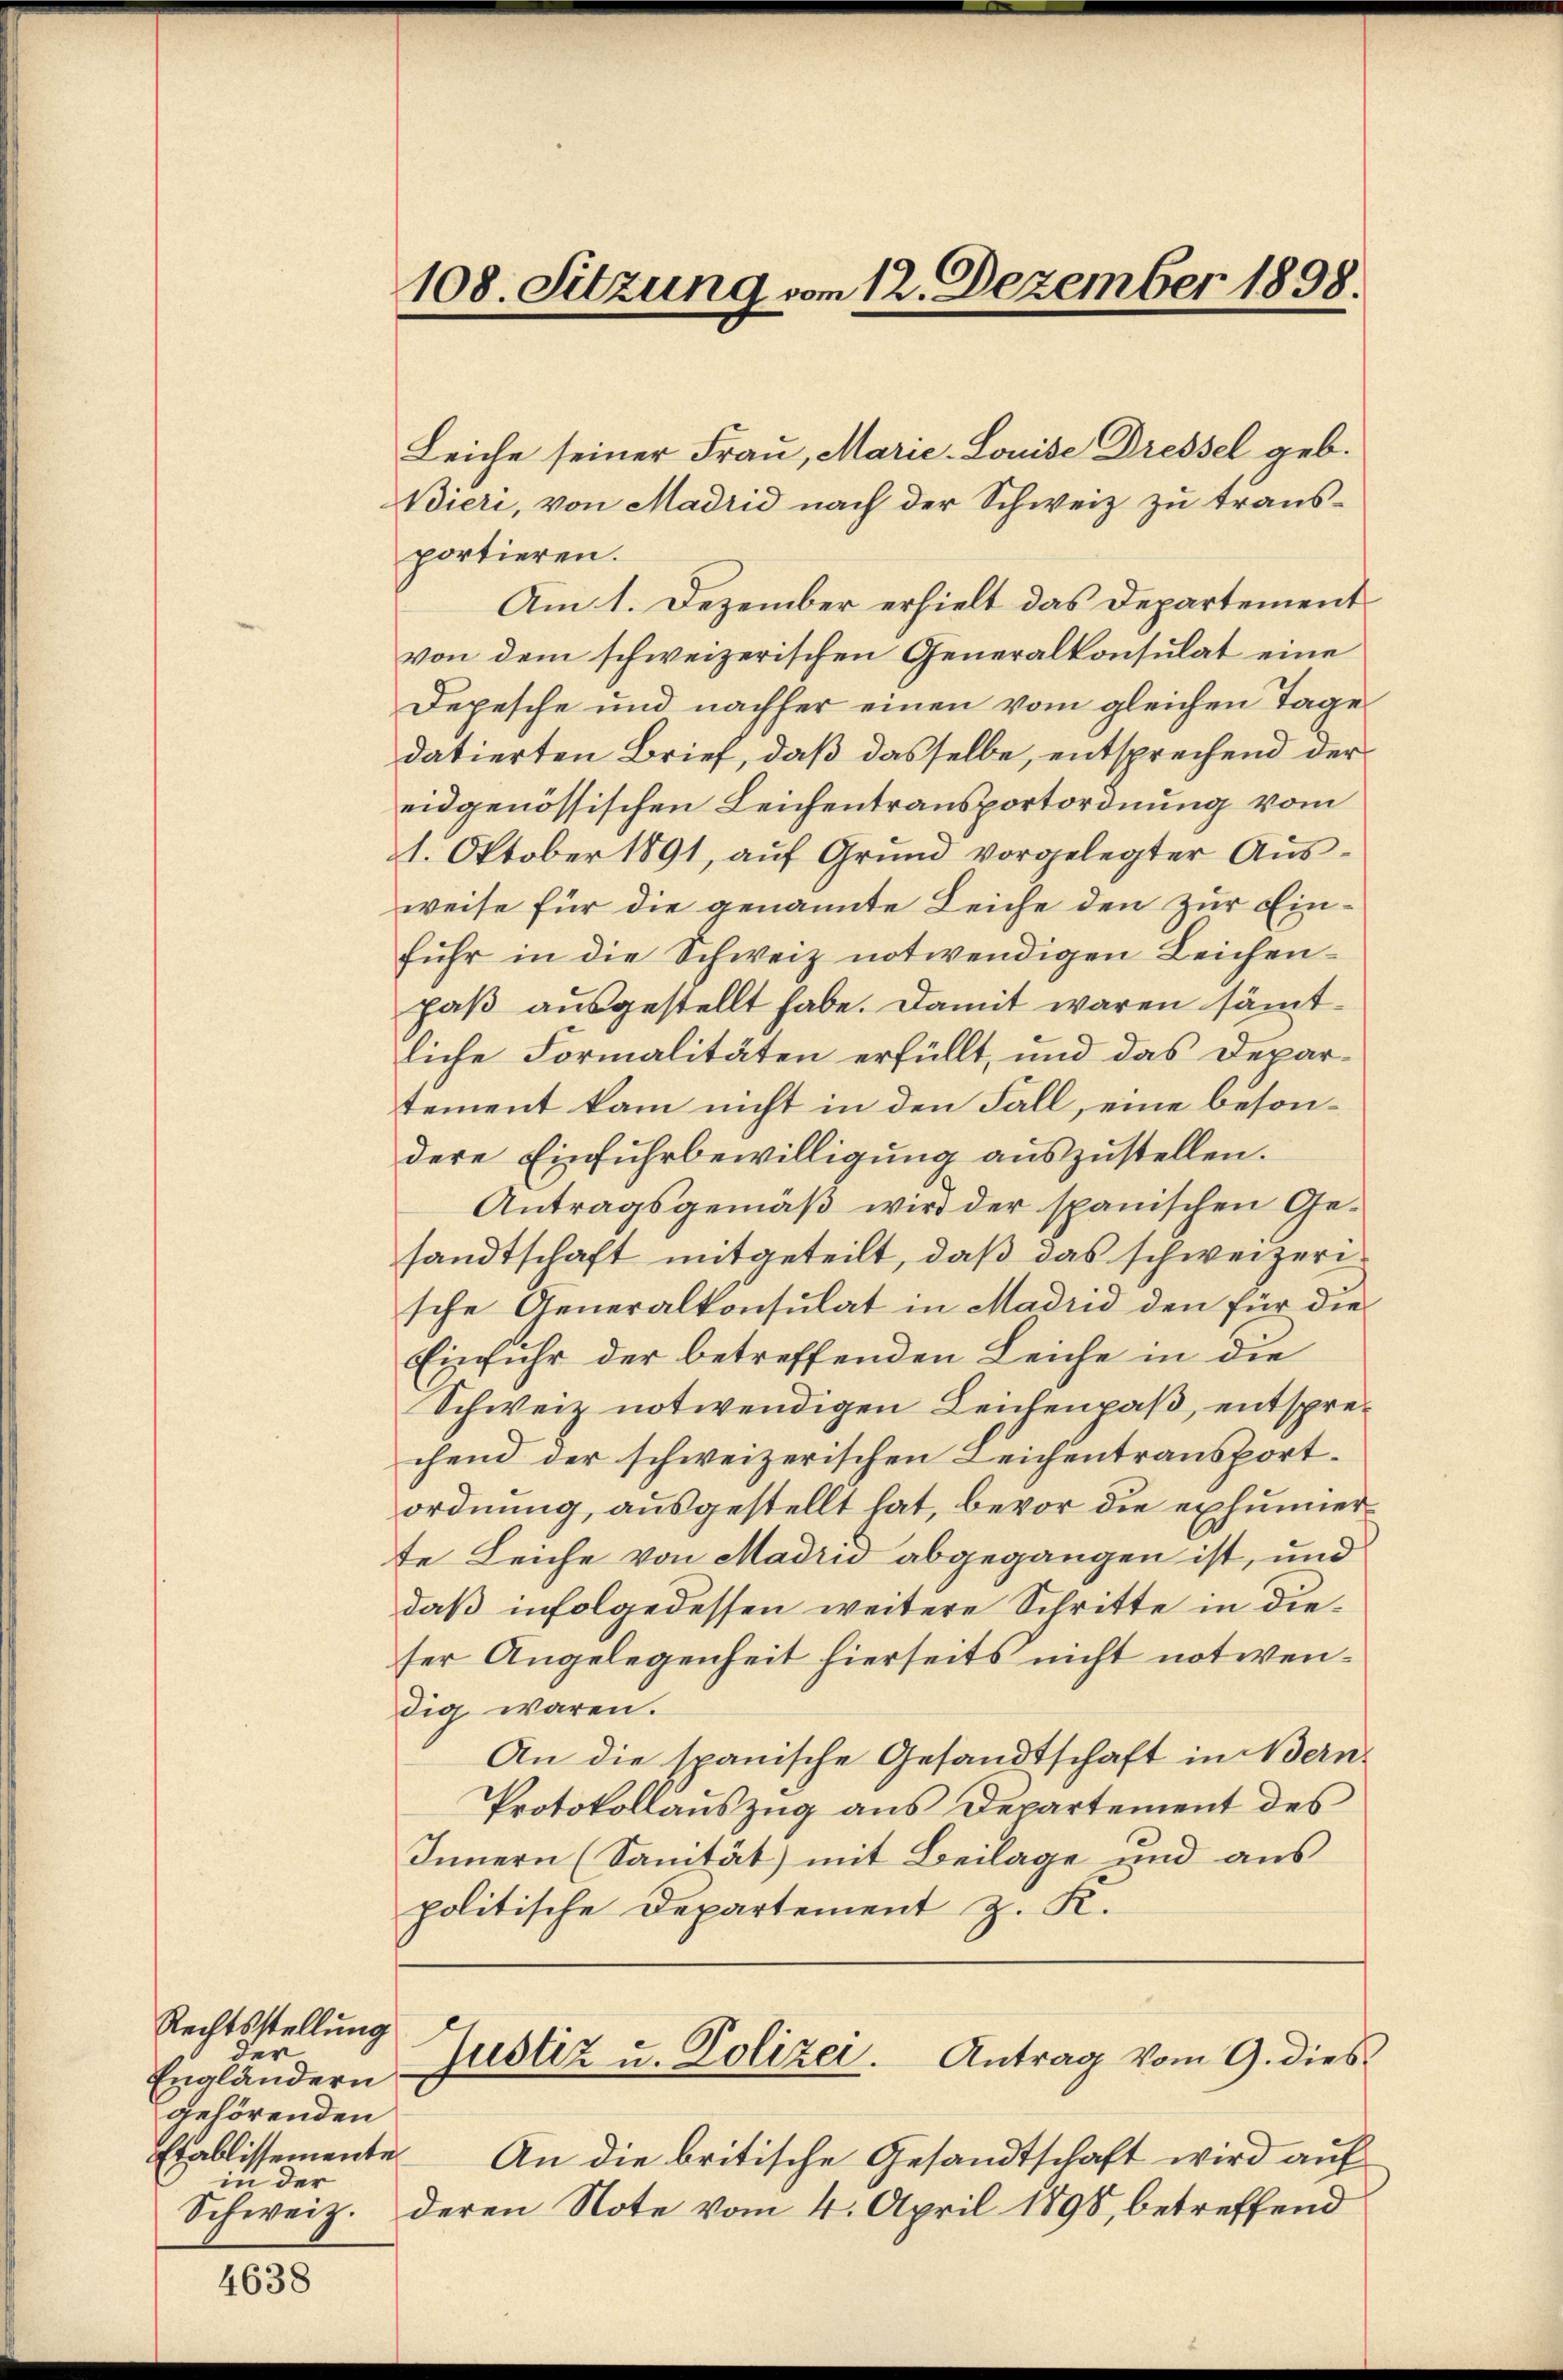
Rechtsstellung
der
Engländern
gehörenden
Etablissemente
in der
Schweiz.

4638

108. Sitzung vom 12. Dezember 1898.

Leiche seiner Frau, Marie- Louise Dressel geb.
Bieri, von Madrid nach der Schweiz zu trausportieren.
Am 1. Dezember erhielt das Departement
von dem schweizerischen Generalkonsulat eine
Depesche und nachher einen vom gleichen Tage
datierten Brief, daß dasselbe, entsprechend der
eidgenössischen Leichentransportordnung vom
1. Oktober 1891, auf Grund vorgelegter Ausweise für die genannte Leiche den zur Einfuhr in die Schweiz notwendigen Leichenpaß ausgestellt habe. Damit waren sämmtliche Formalitäten erfüllt, und das Depar-
tement kam nicht in den Fall, eine besondere Einfuhrbewilligung auszustellen.
Antragsgemäß wird der spanischen Gesandtschaft mitgeteilt, daß das schweizeri
sche Generalkonsulat in Madrid den für die
Einfuhr der betreffenden Leiche in die
Schweiz notwendigen Leichenpaß, entsprechend der schweizerischen Leichentransportordnung, ausgestellt hat, bevor die exhunner
te Leiche von Madrid abgegangen ist, und
daß infolgedessen weitere Schritte in dieser Angelegenheit hierseits nicht notwendig waren.
An die spanische Gesandtschaft in Bern
Protokollauszug aus Departement des
Innern (Sanität) mit Beilage und aus
politische Departement z. K.
Justiz u. Polizer. Antrag vom 9. dies
An die britische Gesandtschaft wird auf
deren Note vom 4. April 1898, betreffend